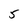
Character: 5